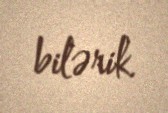
bilərik.